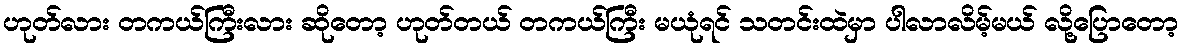
ဟုတ်လား တကယ်ကြီးလား ဆိုတော့ ဟုတ်တယ် တကယ်ကြီး မယုံရင် သတင်းထဲမှာ ပါလာလိမ့်မယ် လို့ပြောတော့